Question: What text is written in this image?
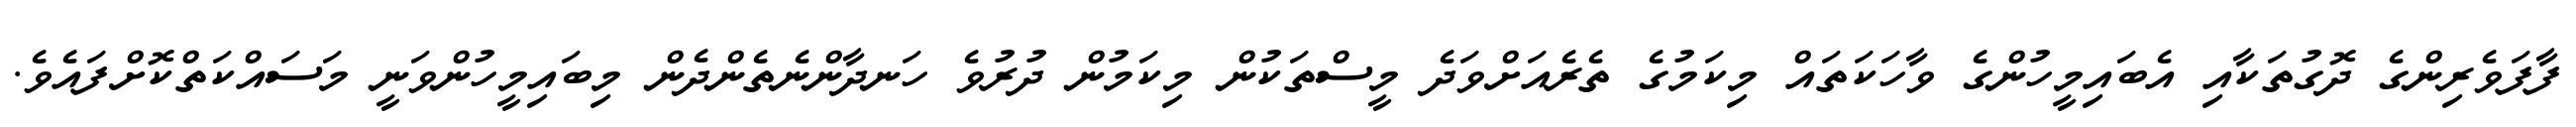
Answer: ފާފަވެރިންގެ ދޮގުތަކާއި އެބައިމީހުންގެ ވާހަކަތައް މިކަމުގެ ތެރެއަށްވަދެ މީސްތަކުން މިކަމުން ދުރުވެ ހަނދާންނެތެންދެން މިބައިމީހުންވަނީ މަސައްކަތްކޮށްފައެވެ.